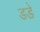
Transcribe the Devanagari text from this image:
डडे